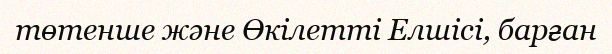
төтенше және Өкілетті Елшісі, барған